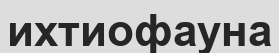
ихтиофауна